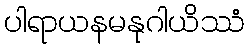
ပါရာယနမနုဂါယိဿံ